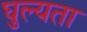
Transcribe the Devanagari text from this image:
घुल्यता